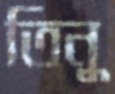
তিনু